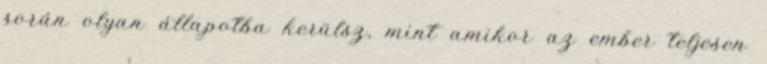
során olyan állapotba kerülsz, mint amikor az ember teljesen